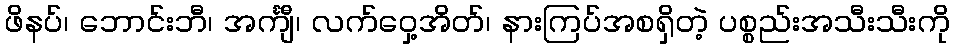
ဖိနပ်၊ ဘောင်းဘီ၊ အင်္ကျီ၊ လက်ဝှေ့အိတ်၊ နားကြပ်အစရှိတဲ့ ပစ္စည်းအသီးသီးကို